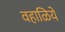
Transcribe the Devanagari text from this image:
वहाळिये